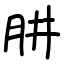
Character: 肼